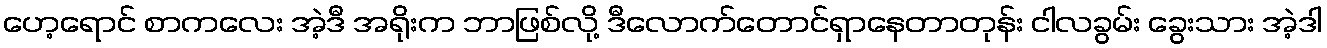
ဟေ့ရောင် စာကလေး အဲ့ဒီ အရိုးက ဘာဖြစ်လို့ ဒီလောက်တောင်ရှာနေတာတုန်း ငါလခွမ်း ခွေးသား အဲ့ဒါ